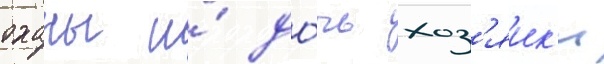
оханы и́ до́чь хоз'яик'и